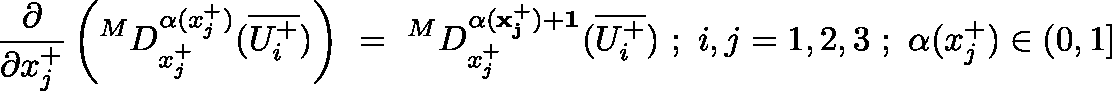
\frac { \partial } { \partial x _ { j } ^ { + } } \left( ^ M D _ { x _ { j } ^ { + } } ^ { \alpha ( x _ { j } ^ { + } ) } ( \overline { { U _ { i } ^ { + } } } ) \right) ~ = ~ ^ { M } D _ { x _ { j } ^ { + } } ^ { \mathbf { { \alpha ( x _ { j } ^ { + } ) + 1 } } } ( \overline { { U _ { i } ^ { + } } } ) ~ ; ~ i , j = 1 , 2 , 3 ~ ; ~ \alpha ( x _ { j } ^ { + } ) \in ( 0 , 1 ]